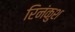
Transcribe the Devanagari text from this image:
रिनंकुश